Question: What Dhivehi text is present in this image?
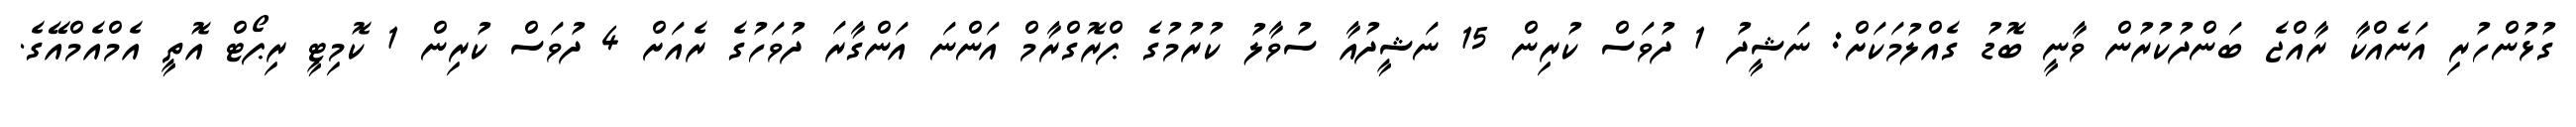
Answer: ގުޅުންހުރި އަނެއްކާ ރާއްޖެ ބަންދުކުރުން ވާނީ ބޮޑު ގެއްލުމަކަށް: ނަޝީދު 1 ދުވަސް ކުރިން 15 ނަޝީދުއާ ސުވާލު ކުރުމުގެ ޕްރޮގްރާމް އަންނަ އަންގާރަ ދުވަހުގެ ރެއަށް 4 ދުވަސް ކުރިން 1 ކޮމިޓީ ރިޕޯޓް އޮތީ އެމްއެމްއޭގެ.